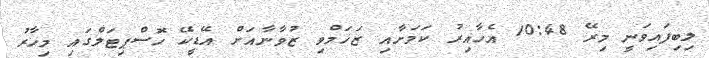
ލިބިފައިވަނީ މިރޭ 10:48 އެހާއިރު ކަމަށާއި ޒަޚަމްވި ޒުވާނާއަށް އޭޑީކޭ ހޮސްޕިޓަލްގައި މިހާރު